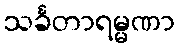
သင်္ခတာရမ္မဏာ